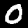
Digit: 0